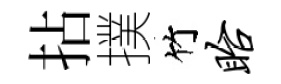
拈撲竹眙